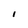
Character: I